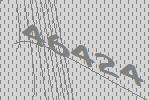
46424